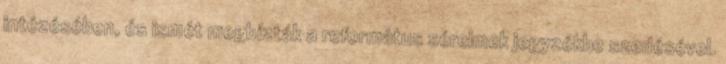
intézésében, és ismét megbízták a református sérelmek jegyzékbe szedésével.